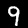
Label: 9